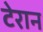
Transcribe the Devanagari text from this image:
टेरान